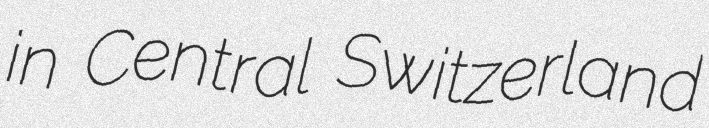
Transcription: in Central Switzerland